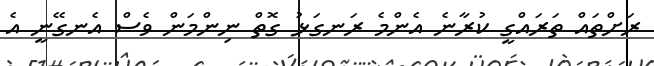
ރަށްތައް ތަރައްގީ ކުރާނެ އެންމެ ރަނގަޅު ގޮތް ނިންމަން ވެސް އެނގޭނީ އެ